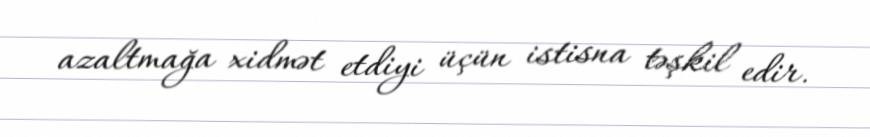
azaltmağa xidmət etdiyi üçün istisna təşkil edir.